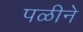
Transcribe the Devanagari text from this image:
पळीने